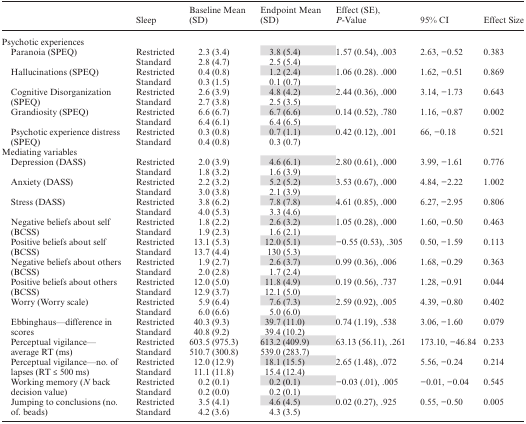
<table><thead><tr><td>[EMPTY_CELL]</td><td><b>Sleep</b></td><td><b>Baseline Mean (SD)</b></td><td><b>Endpoint Mean (SD)</b></td><td><b>Effect (SE), <i>P</i>-Value</b></td><td><b>95% CI</b></td><td><b>Effect Size</b></td></tr></thead><tbody><tr><td colspan="7">Psychotic experiences</td></tr><tr><td rowspan="2"> Paranoia (SPEQ)</td><td>Restricted</td><td>2.3 (3.4)</td><td>3.8 (5.4)</td><td rowspan="2">1.57 (0.54), .003</td><td rowspan="2">2.63, −0.52</td><td rowspan="2">0.383</td></tr><tr><td>Standard</td><td>2.8 (4.7)</td><td>2.5 (5.4)</td></tr><tr><td rowspan="2"> Hallucinations (SPEQ)</td><td>Restricted</td><td>0.4 (0.8)</td><td>1.2 (2.4)</td><td rowspan="2">1.06 (0.28). .000</td><td rowspan="2">1.62, −0.51</td><td rowspan="2">0.869</td></tr><tr><td>Standard</td><td>0.3 (1.5)</td><td>0.1 (0.7)</td></tr><tr><td rowspan="2"> Cognitive Disorganization (SPEQ)</td><td>Restricted</td><td>2.6 (3.9)</td><td>4.8 (4.2)</td><td rowspan="2">2.44 (0.36), .000</td><td rowspan="2">3.14, −1.73</td><td rowspan="2">0.643</td></tr><tr><td>Standard</td><td>2.7 (3.8)</td><td>2.5 (3.5)</td></tr><tr><td rowspan="2"> Grandiosity (SPEQ)</td><td>Restricted</td><td>6.6 (6.7)</td><td>6.7 (6.6)</td><td rowspan="2">0.14 (0.52), .780</td><td rowspan="2">1.16, −0.87</td><td rowspan="2">0.002</td></tr><tr><td>Standard</td><td>6.4 (6.1)</td><td>6.4 (6.5)</td></tr><tr><td rowspan="2"> Psychotic experience distress (SPEQ)</td><td>Restricted</td><td>0.3 (0.8)</td><td>0.7 (1.1)</td><td rowspan="2">0.42 (0.12), .001</td><td rowspan="2">66, −0.18</td><td rowspan="2">0.521</td></tr><tr><td>Standard</td><td>0.4 (0.8)</td><td>0.3 (0.7)</td></tr><tr><td colspan="7">Mediating variables</td></tr><tr><td rowspan="2"> Depression (DASS)</td><td>Restricted</td><td>2.0 (3.9)</td><td>4.6 (6.1)</td><td rowspan="2">2.80 (0.61), .000</td><td rowspan="2">3.99, −1.61</td><td rowspan="2">0.776</td></tr><tr><td>Standard</td><td>1.8 (3.2)</td><td>1.6 (3.9)</td></tr><tr><td rowspan="2"> Anxiety (DASS)</td><td>Restricted</td><td>2.2 (3.2)</td><td>5.2 (5.2)</td><td rowspan="2">3.53 (0.67), .000</td><td rowspan="2">4.84, −2.22</td><td rowspan="2">1.002</td></tr><tr><td>Standard</td><td>3.0 (3.8)</td><td>2.1 (3.9)</td></tr><tr><td rowspan="2"> Stress (DASS)</td><td>Restricted</td><td>3.8 (6.2)</td><td>7.8 (7.8)</td><td rowspan="2">4.61 (0.85), .000</td><td rowspan="2">6.27, −2.95</td><td rowspan="2">0.806</td></tr><tr><td>Standard</td><td>4.0 (5.3)</td><td>3.3 (4.6)</td></tr><tr><td rowspan="2"> Negative beliefs about self (BCSS)</td><td>Restricted</td><td>1.8 (2.2)</td><td>2.6 (3.2)</td><td rowspan="2">1.05 (0.28), .000</td><td rowspan="2">1.60, −0.50</td><td rowspan="2">0.463</td></tr><tr><td>Standard</td><td>1.9 (2.3)</td><td>1.6 (2.1)</td></tr><tr><td rowspan="2"> Positive beliefs about self (BCSS)</td><td>Restricted</td><td>13.1 (5.3)</td><td>12.0 (5.1)</td><td rowspan="2">−0.55 (0.53), .305</td><td rowspan="2">0.50, −1.59</td><td rowspan="2">0.113</td></tr><tr><td>Standard</td><td>13.7 (4.4)</td><td>130 (5.3)</td></tr><tr><td rowspan="2"> Negative beliefs about others (BCSS)</td><td>Restricted</td><td>1.9 (2.7)</td><td>2.6 (3.7)</td><td rowspan="2">0.99 (0.36), .006</td><td rowspan="2">1.68, −0.29</td><td rowspan="2">0.363</td></tr><tr><td>Standard</td><td>2.0 (2.8)</td><td>1.7 (2.4)</td></tr><tr><td rowspan="2"> Positive beliefs about others (BCSS)</td><td>Restricted</td><td>12.0 (5.0)</td><td>11.8 (4.9)</td><td rowspan="2">0.19 (0.56), .737</td><td rowspan="2">1.28, −0.91</td><td rowspan="2">0.044</td></tr><tr><td>Standard</td><td>12.9 (3.7)</td><td>12.1 (5.0)</td></tr><tr><td rowspan="2"> Worry (Worry scale)</td><td>Restricted</td><td>5.9 (6.4)</td><td>7.6 (7.3)</td><td rowspan="2">2.59 (0.92), .005</td><td rowspan="2">4.39, −0.80</td><td rowspan="2">0.402</td></tr><tr><td>Standard</td><td>6.0 (6.6)</td><td>5.0 (6.0)</td></tr><tr><td rowspan="2"> Ebbinghaus—difference in scores</td><td>Restricted</td><td>40.3 (9.3)</td><td>39.7 (11.0)</td><td rowspan="2">0.74 (1.19), .538</td><td rowspan="2">3.06, −1.60</td><td rowspan="2">0.079</td></tr><tr><td>Standard</td><td>40.8 (9.2)</td><td>39.4 (10.2)</td></tr><tr><td rowspan="2"> Perceptual vigilance—average RT (ms)</td><td>Restricted</td><td>603.5 (975.3)</td><td>613.2 (409.9)</td><td rowspan="2">63.13 (56.11), .261</td><td rowspan="2">173.10, −46.84</td><td rowspan="2">0.233</td></tr><tr><td>Standard</td><td>510.7 (300.8)</td><td>539.0 (283.7)</td></tr><tr><td rowspan="2"> Perceptual vigilance—no. of lapses (RT ≤ 500 ms)</td><td>Restricted</td><td>12.0 (12.9)</td><td>18.1 (15.5)</td><td>2.65 (1.48), .072</td><td>5.56, −0.24</td><td>0.214</td></tr><tr><td>Standard</td><td>11.1 (11.8)</td><td>15.4 (12.4)</td><td>[EMPTY_CELL]</td><td>[EMPTY_CELL]</td><td>[EMPTY_CELL]</td></tr><tr><td rowspan="2"> Working memory (<i>N</i> back decision value)</td><td>Restricted</td><td>0.2 (0.1)</td><td>0.2 (0.1)</td><td rowspan="2">−0.03 (.01), .005</td><td rowspan="2">−0.01, −0.04</td><td rowspan="2">0.545</td></tr><tr><td>Standard</td><td>0.2 (0.0)</td><td>0.2 (0.1)</td></tr><tr><td rowspan="2"> Jumping to conclusions (no. of. beads)</td><td>Restricted</td><td>3.5 (4.1)</td><td>4.6 (4.5)</td><td rowspan="2">0.02 (0.27), .925</td><td rowspan="2">0.55, −0.50</td><td rowspan="2">0.005</td></tr><tr><td>Standard</td><td>4.2 (3.6)</td><td>4.3 (3.5)</td></tr></tbody></table>